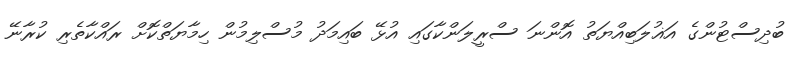
ބުދިސްޓުންގެ އަޣުލަބިއްޔަތު އޮންނަ ސްރީލަންކާގައި އުޅޭ ބައިމަދު މުސްލިމުން ހިމާޔަތްކޮށް ރައްކާތެރި ކުރާނޭ